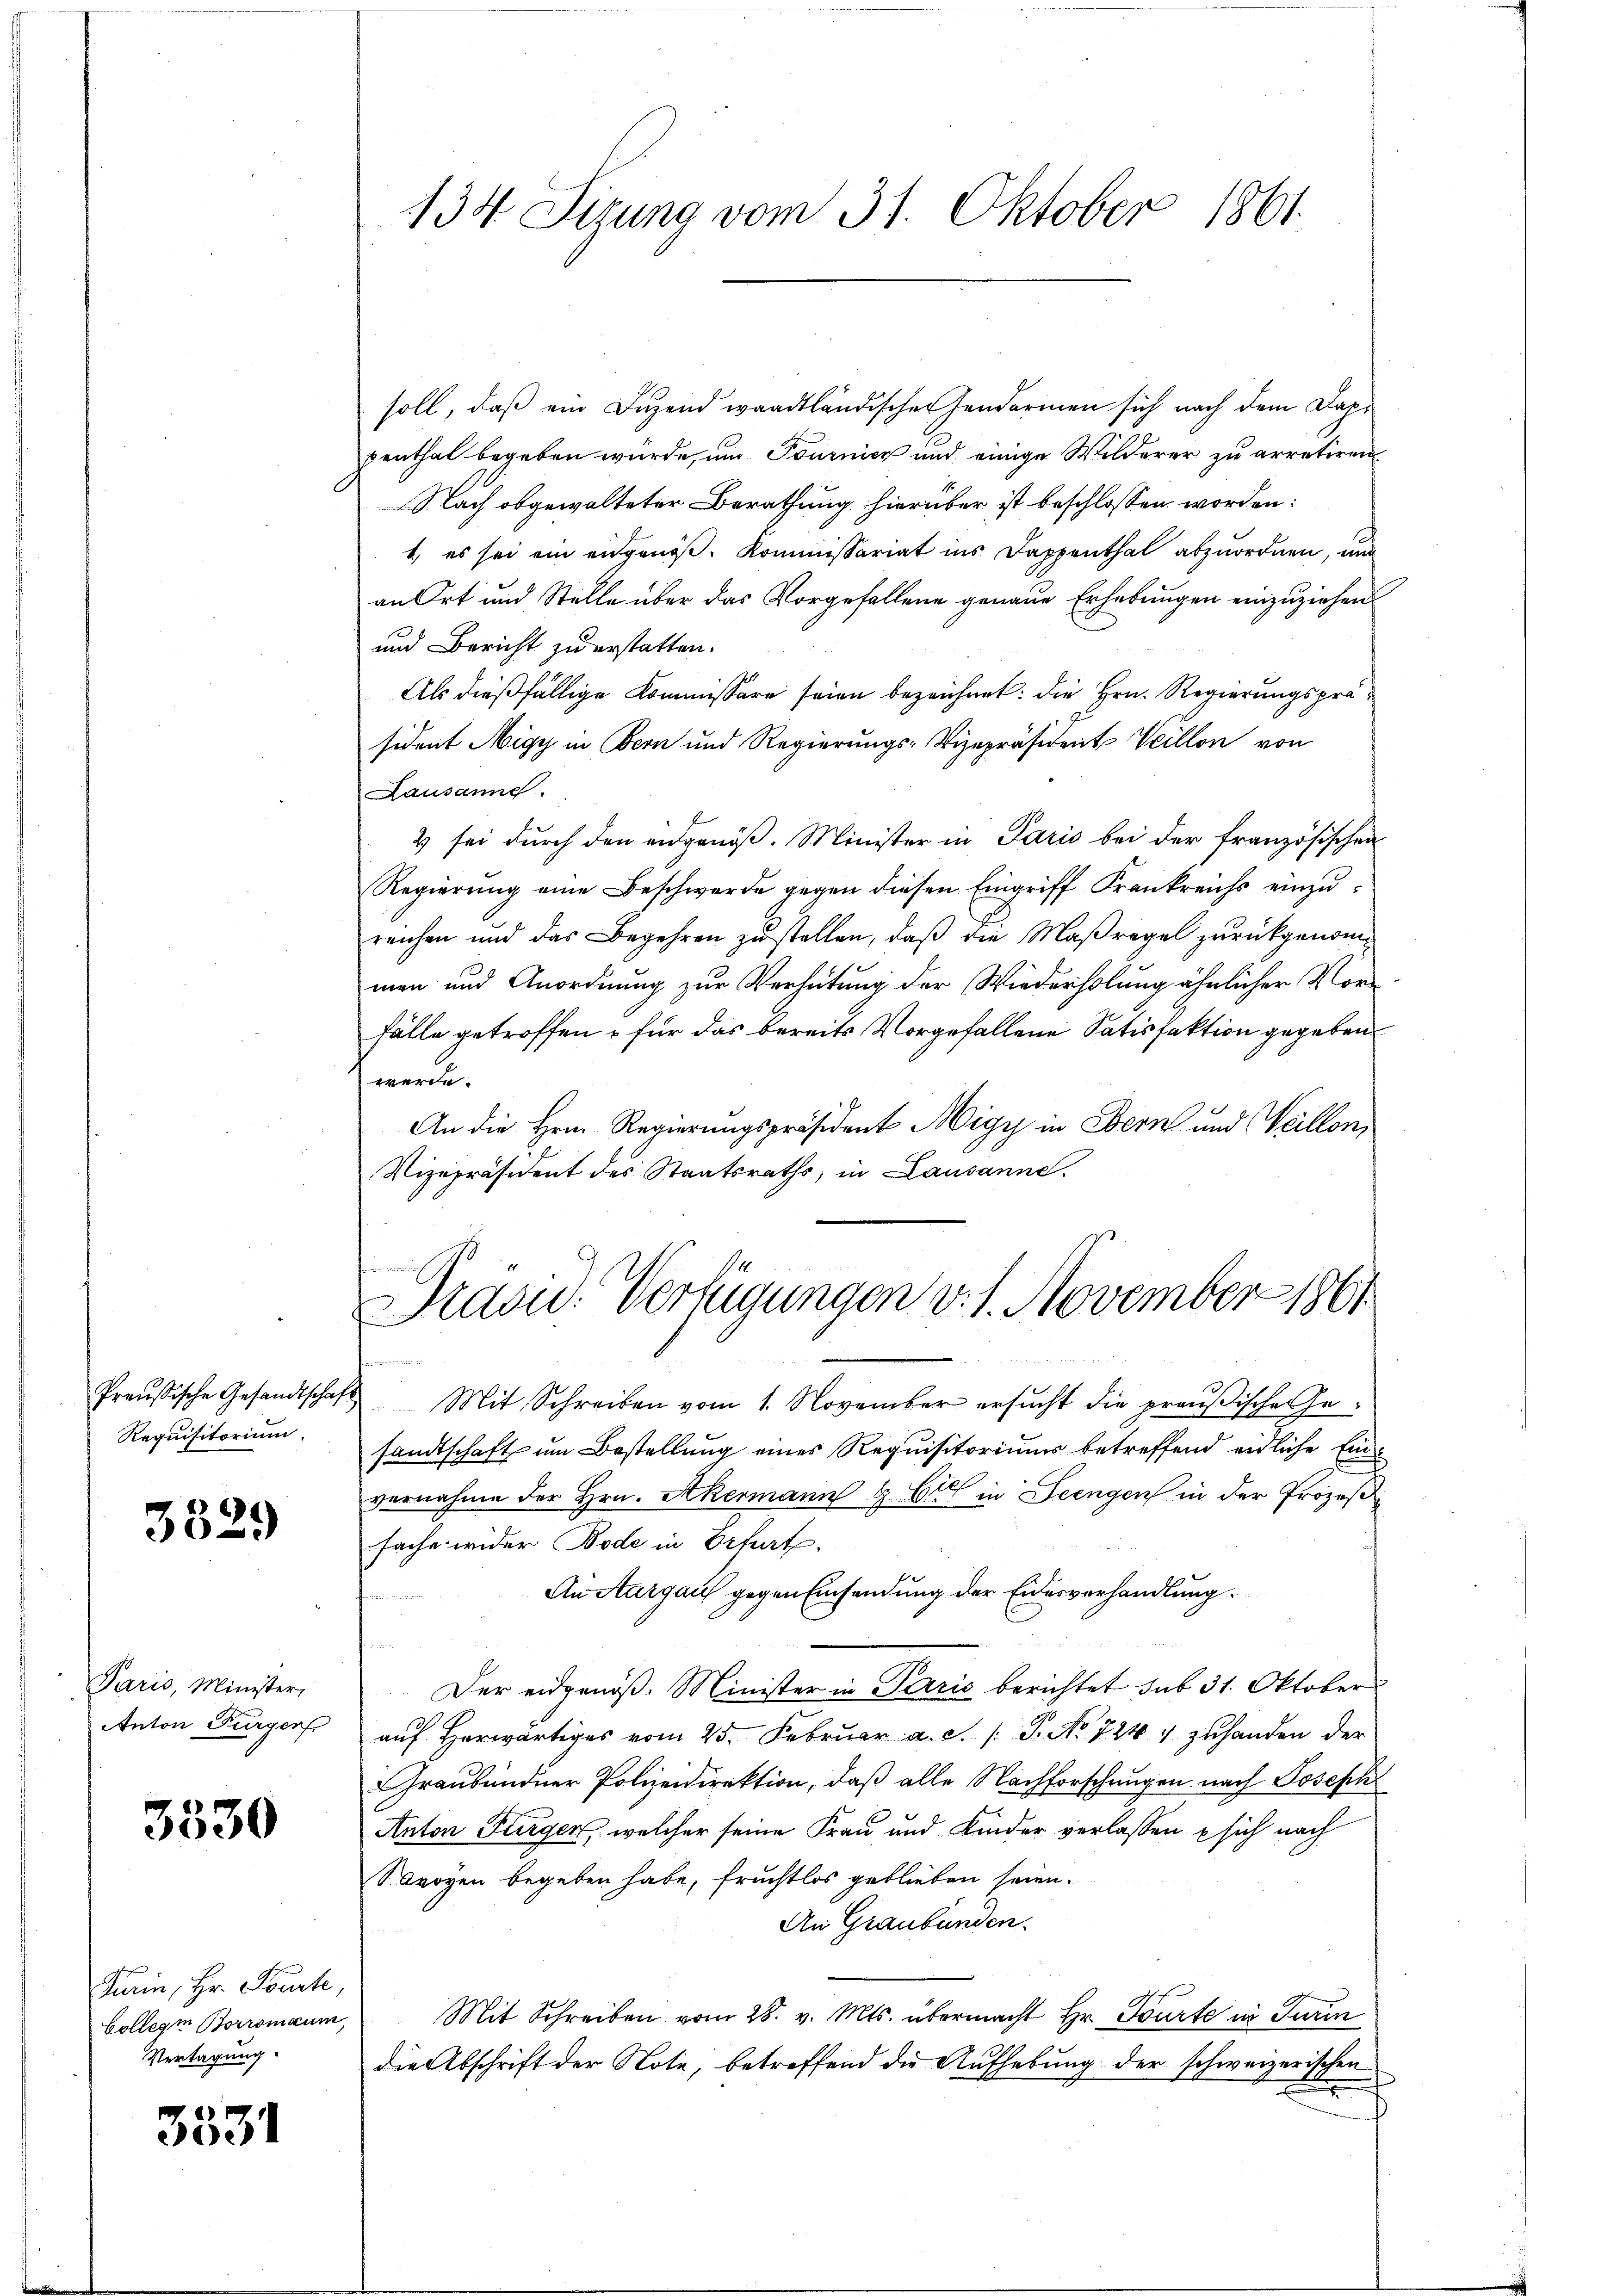
Requisitorium.

3329

Paris, Minister,
Anton Turger

3530

Farin, Hr. Pourte,
Collegen Borromaum,
Vertagung.

3531

soll, daß ein Duzend waadtländischer Gendarmen sich nach dem Kapi
penthal begeben würde, um Fournier und einige Wilderer zu arretiren.
Nach obgewalteter Berathung hierüber ist beschlossen worden:
1., es sei ein eidgenöß. Kommissariat ins Dappenthal abzuordnen, und
an Ort und Stelle über das Vorgefallene genaue Erhebungen einzuziehen
und Bericht zu erstatten.
Als dießfällige Kommissäre seien bezeichnet: die Hrn. Regierungspräsident Migy in Bern und Regierungs-Vizepräsident Veillon von
Lausanne.
4 sei durch den eidgenöß. Minister in Paris bei der französischen
Regierŭng eine Beschwerde gegen diesen Eingriff Krankreichs einzŭ-
reichen und das Begehren zu stellen, daß die Maßregel zurückgenommen und Anordnung zur Verhütung der Wiederholung ähnlicher Vor¬
Fälle getroffen u für das bereits Vorgefallene Satisfaktion gegeben
werde
An die Herrn Regierungspräsident Migy in Bern und Weillon,
Vizepräsident des Staatsraths, in Lausanne.

134 Sizung vom 31. Oktober 1861

Pravid. Verfügungen v. 1. November 1861
1

Preußische Gesandtschaft Mit Schreiben vom 1. November ersŭcht die praŭβische Ge-
sandtschaft um Bestellung eines Requisitoriums betreffend eidliche Einvernahme der Hrn. Akermann & Cie in Seengen in der Prozeß
sache wider Bode in Erfurt.
An Aargau gegen Einsendung der Eidesverhandlung.
Der eidgenöß. Minister in Paris berichtet sub 31. Oktober
aŭf herwärtiges vom 25. Februar a. c. s. S. No 724 zuhanden der
Graubündner Polizeidirektion, daß alle Nachforschungen nach Joseph
Anton Furger, welcher seine Frau und Kinder verlassen sich nach
Seoyen begeben habe, fruchtlos geblieben seien.
An Graubünden.
Mit Schreiben vom 28. v. Mts. übermacht Hr. Tourte in Turin
die Abschrift der Note, betreffend die Aufhebung der schweizerischen